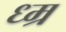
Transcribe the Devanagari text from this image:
ध्म्र